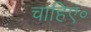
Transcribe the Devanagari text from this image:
चाहिए॰